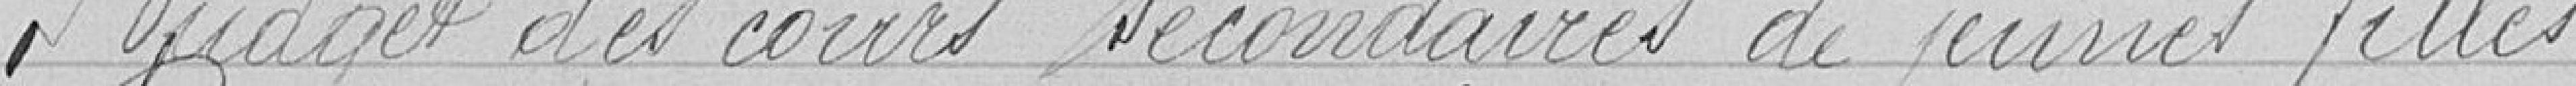
Budget des cours secondaires de jeunes filles